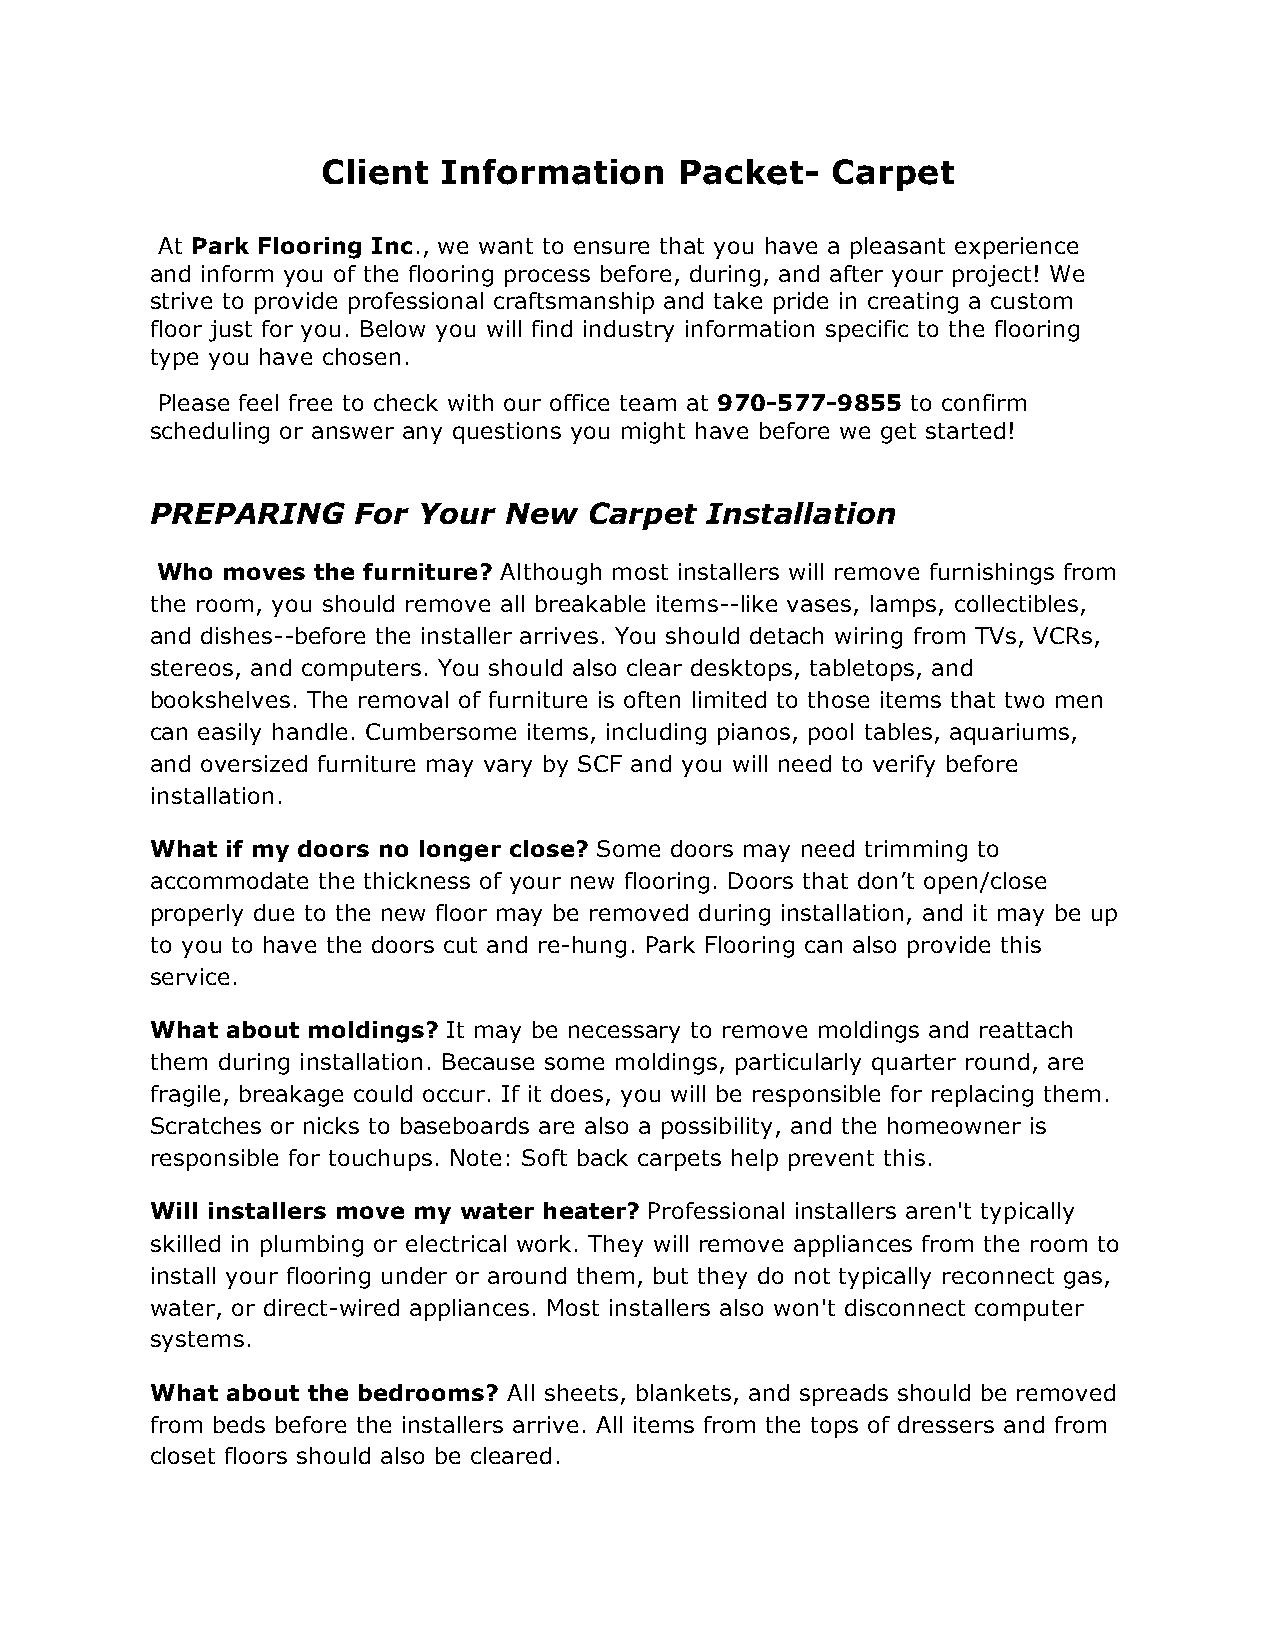
Client  Information     Packet-   Carpet
 At Park Flooring Inc., we want to ensure that you have a pleasant experience
 and inform you of the flooring process before, during, and after your project! We
 strive to provide professional craftsmanship and take pride in creating a custom
 floor just for you. Below you will find industry information specific to the flooring
 type you have chosen.
 Please feel free to check with our office team at 970-577-9855 to confirm
 scheduling or answer any questions you might have before we get started!
 PREPARING     For Your New   Carpet  Installation
 Who  moves the furniture? Although most installers will remove furnishings from
 the room, you should remove all breakable items--like vases, lamps, collectibles,
 and dishes--before the installer arrives. You should detach wiring from TVs, VCRs,
 stereos, and computers. You should also clear desktops, tabletops, and
 bookshelves. The removal of furniture is often limited to those items that two men
 can easily handle. Cumbersome items, including pianos, pool tables, aquariums,
 and oversized furniture may vary by SCF and you will need to verify before
 installation.
 What if my doors no longer close? Some doors may need trimming to
 accommodate the thickness of your new flooring. Doors that don’t open/close
 properly due to the new floor may be removed during installation, and it may be up
 to you to have the doors cut and re-hung. Park Flooring can also provide this
 service.
 What about moldings? It may be necessary to remove moldings and reattach
 them during installation. Because some moldings, particularly quarter round, are
 fragile, breakage could occur. If it does, you will be responsible for replacing them.
 Scratches or nicks to baseboards are also a possibility, and the homeowner is
 responsible for touchups. Note: Soft back carpets help prevent this.
 Will installers move my water heater? Professional installers aren't typically
 skilled in plumbing or electrical work. They will remove appliances from the room to
 install your flooring under or around them, but they do not typically reconnect gas,
 water, or direct-wired appliances. Most installers also won't disconnect computer
 systems.
 What about the bedrooms? All sheets, blankets, and spreads should be removed
 from beds before the installers arrive. All items from the tops of dressers and from
 closet floors should also be cleared.